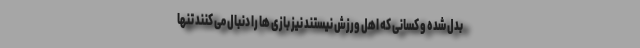
بدل شده و کسانی که اهل ورزش نیستند نیز بازی ها را دنبال می کنند تنها